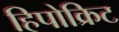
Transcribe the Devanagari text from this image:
हिपोक्रिट